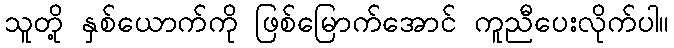
သူတို့ နှစ်ယောက်ကို ဖြစ်မြောက်အောင် ကူညီပေးလိုက်ပါ။